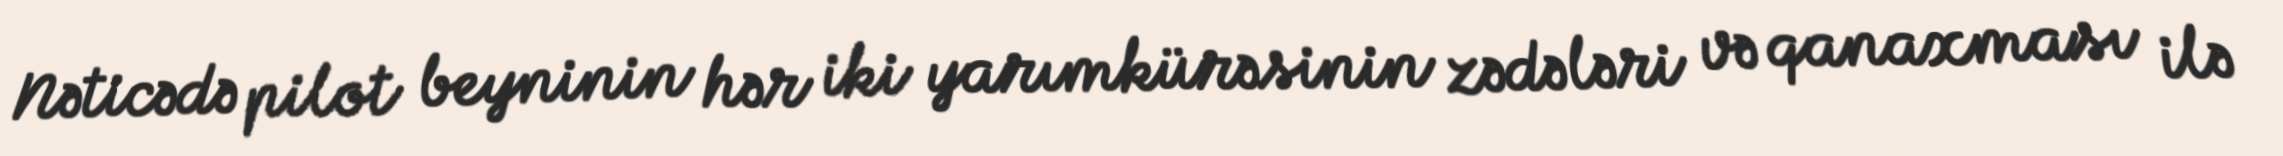
Nəticədə pilot beyninin hər iki yarımkürəsinin zədələri və qanaxması ilə